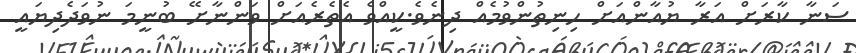
ސަނާ ކާރަށް އަރާ ޔުއާންއަށް ހިނިތުންވުމެއް ދިނެވެ.ކީއްވެ އެތެރެއަށް ވަންނާށޭ ބުނީމަ ނުވަދެދިޔައީ